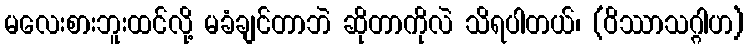
မလေးစားဘူးထင်လို့ မခံချင်တာဘဲ ဆိုတာကိုလဲ သိရပါတယ်၊ (ဝိဿာသဂ္ဂါဟ)